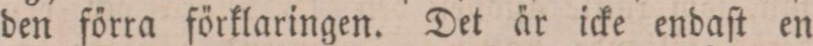
den förra förklaringen. Det är icke endaſt en